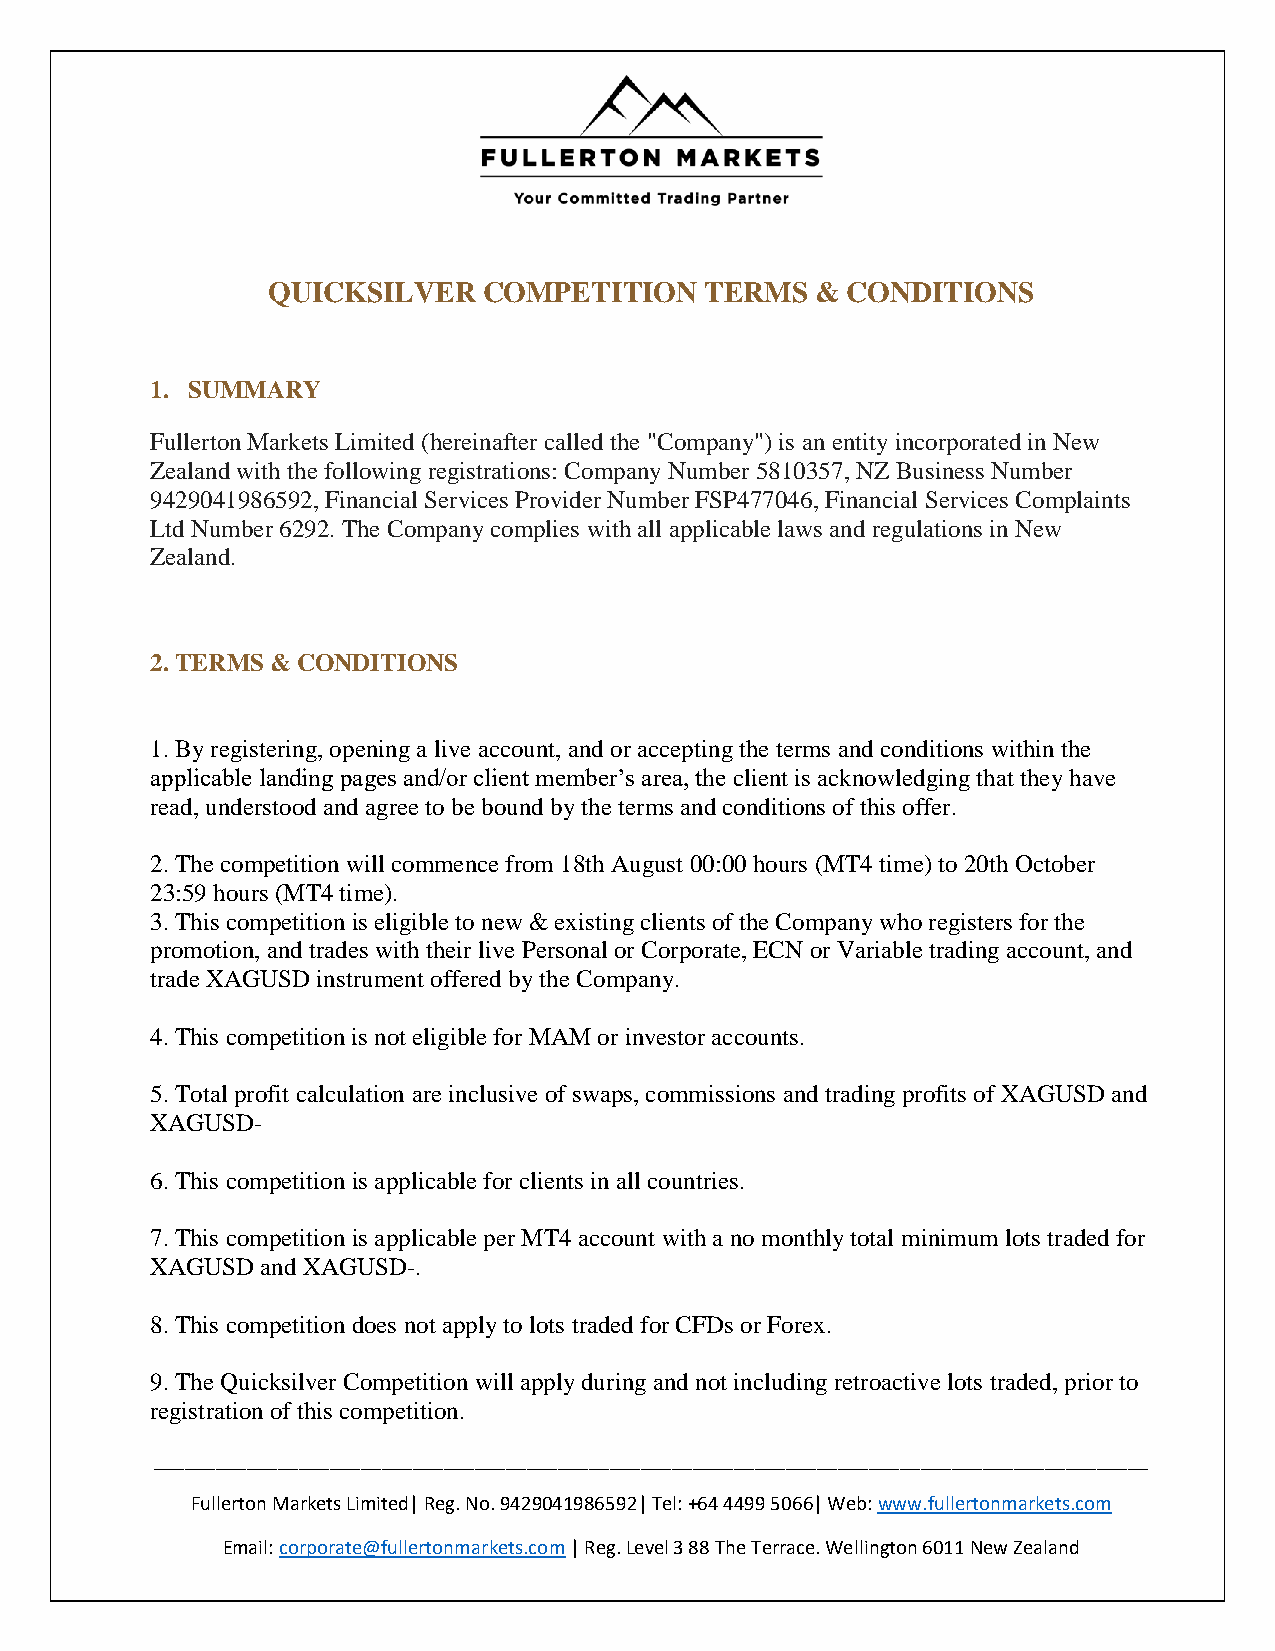
QUICKSILVER   COMPETITION    TERMS  & CONDITIONS
 1. SUMMARY
 Fullerton Markets Limited (hereinafter called the "Company") is an entity incorporated in New
 Zealand with the following registrations: Company Number 5810357, NZ Business Number
 9429041986592, Financial Services Provider Number FSP477046, Financial Services Complaints
 Ltd Number 6292. The Company complies with all applicable laws and regulations in New
 Zealand.
 2. TERMS & CONDITIONS
 1. By registering, opening a live account, and or accepting the terms and conditions within the
 applicable landing pages and/or client member’s area, the client is acknowledging that they have
 read, understood and agree to be bound by the terms and conditions of this offer.
 2. The competition will commence from 18th August 00:00 hours (MT4 time) to 20th October
 23:59 hours (MT4 time).
 3. This competition is eligible to new & existing clients of the Company who registers for the
 promotion, and trades with their live Personal or Corporate, ECN or Variable trading account, and
 trade XAGUSD instrument offered by the Company.
 4. This competition is not eligible for MAM or investor accounts.
 5. Total profit calculation are inclusive of swaps, commissions and trading profits of XAGUSD and
 XAGUSD-
 6. This competition is applicable for clients in all countries.
 7. This competition is applicable per MT4 account with a no monthly total minimum lots traded for
 XAGUSD and XAGUSD-.
 8. This competition does not apply to lots traded for CFDs or Forex.
 9. The Quicksilver Competition will apply during and not including retroactive lots traded, prior to
 registration of this competition.
 ________________________________________________________________________________________________
 Fullerton Markets Limited| Reg. No. 9429041986592| Tel: +64 4499 5066| Web: www.fullertonmarkets.com
 Email: corporate@fullertonmarkets.com | Reg. Level 3 88 The Terrace. Wellington 6011 New Zealand